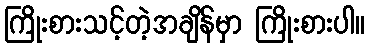
ကြိုးစားသင့်တဲ့အချိန်မှာ ကြိုးစားပါ။